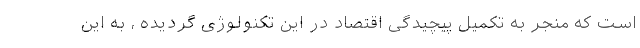
است که منجر به تکمیل پیچیدگی اقتصاد در این تکنولوژی گردیده ، به این